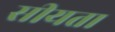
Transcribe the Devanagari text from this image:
सीयता